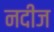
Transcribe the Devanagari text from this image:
नदीज